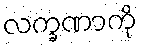
လက္ခဏာကို